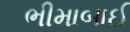
ભીમાબાઈ